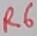
Text: R6